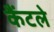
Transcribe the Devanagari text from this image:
कैंटले